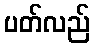
ပတ်လည်